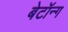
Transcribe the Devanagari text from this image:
बेटॉन्ग